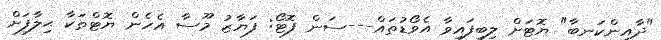
"ދާއިންކަނބާ" ޔޮޓަށް ލިބިފައިވާ އެވޯޑުތައް---ސަން ފޮޓޯ: ފަޔާޒު މޫސާ އެހެން ޔޮޓްތަކާ ޙިލާފަށް